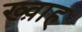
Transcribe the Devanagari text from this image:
ख्व़ाह